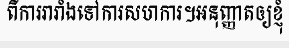
ពីការរារាំងទៅការសហការ។អនុញ្ញាតឲ្យខ្ញុំ